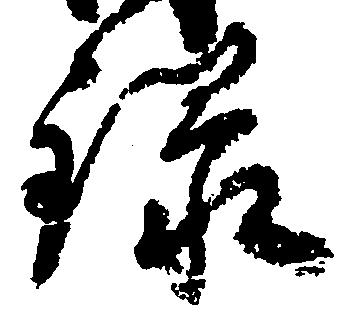
録